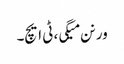
ورنن میگی، ٹی ایچ۔